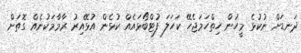
ދަނޑަށް ނުކުޅެ މީހުން ހިތްހަމަޖެހޭ ކަހަލަ ފުޓްބޯޅައެއް ކުޅެން އުޅޭއިރު ރާމާމަކުނެއް ގޮތަށް